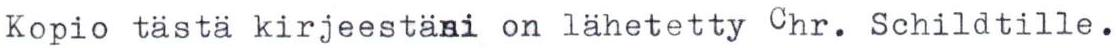
Kopio tästä kirjeestäni on lähetetty Chr. Schildtille.